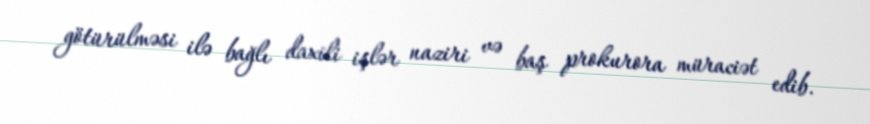
götürülməsi ilə bağlı daxili işlər naziri və baş prokurora müraciət edib.